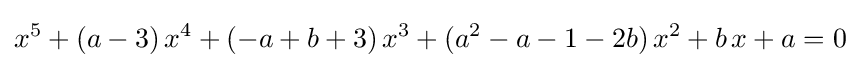
x^{5}+(a-3)\,x^{4}+(-a+b+3)\,x^{3}+(a^{2}-a-1-2b)\,x^{2}+b\,x+a=0